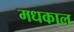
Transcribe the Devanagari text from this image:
मधकाल